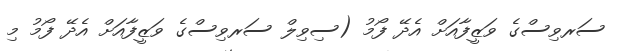
ސަރވިސްގެ ވަޒީފާއަށް އެދޭ ފޯމު (ސިވިލް ސަރވިސްގެ ވަޒީފާއަށް އެދޭ ފޯމު މި